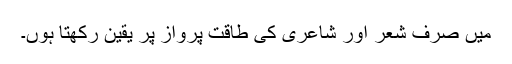
میں صرف شعر اور شاعری کی طاقتِ پرواز پر یقین رکھتا ہوں۔